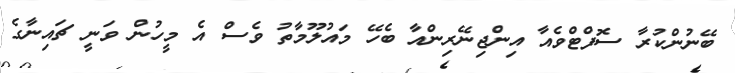
ބޭނުންކުރާ ސޮފްޓްވެއާ އިންޖިނޭރިންއާ ބެހޭ މައުލޫމާތު ވެސް އެ މީހުން ވަނީ ޗައިނާގެ